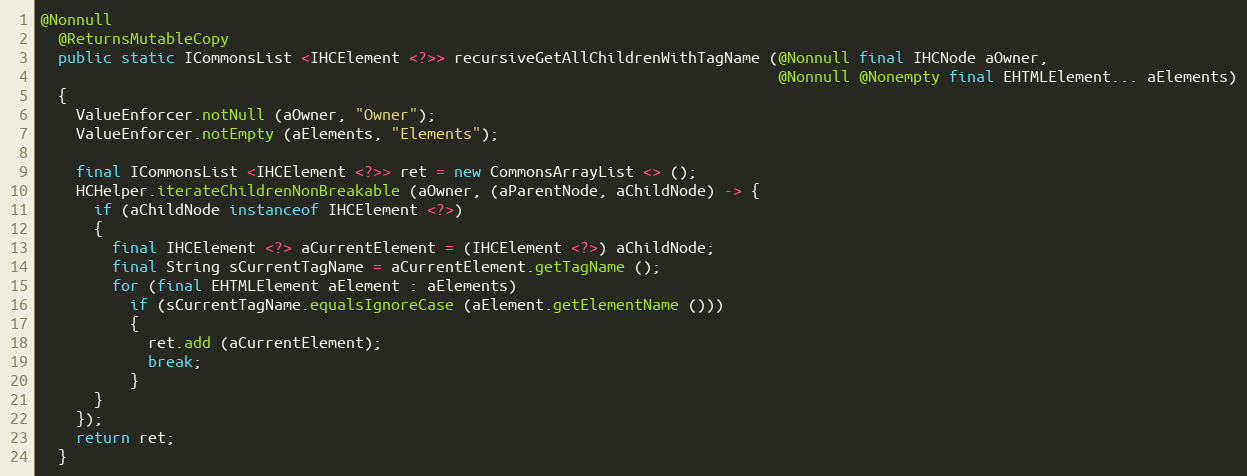
Language: Java
@Nonnull
  @ReturnsMutableCopy
  public static ICommonsList <IHCElement <?>> recursiveGetAllChildrenWithTagName (@Nonnull final IHCNode aOwner,
                                                                                  @Nonnull @Nonempty final EHTMLElement... aElements)
  {
    ValueEnforcer.notNull (aOwner, "Owner");
    ValueEnforcer.notEmpty (aElements, "Elements");

    final ICommonsList <IHCElement <?>> ret = new CommonsArrayList <> ();
    HCHelper.iterateChildrenNonBreakable (aOwner, (aParentNode, aChildNode) -> {
      if (aChildNode instanceof IHCElement <?>)
      {
        final IHCElement <?> aCurrentElement = (IHCElement <?>) aChildNode;
        final String sCurrentTagName = aCurrentElement.getTagName ();
        for (final EHTMLElement aElement : aElements)
          if (sCurrentTagName.equalsIgnoreCase (aElement.getElementName ()))
          {
            ret.add (aCurrentElement);
            break;
          }
      }
    });
    return ret;
  }